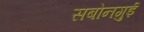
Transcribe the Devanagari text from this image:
सबोनगुई